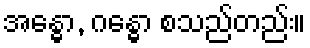
အန္ဓော, ဂန္ဓော စသည်တည်း။